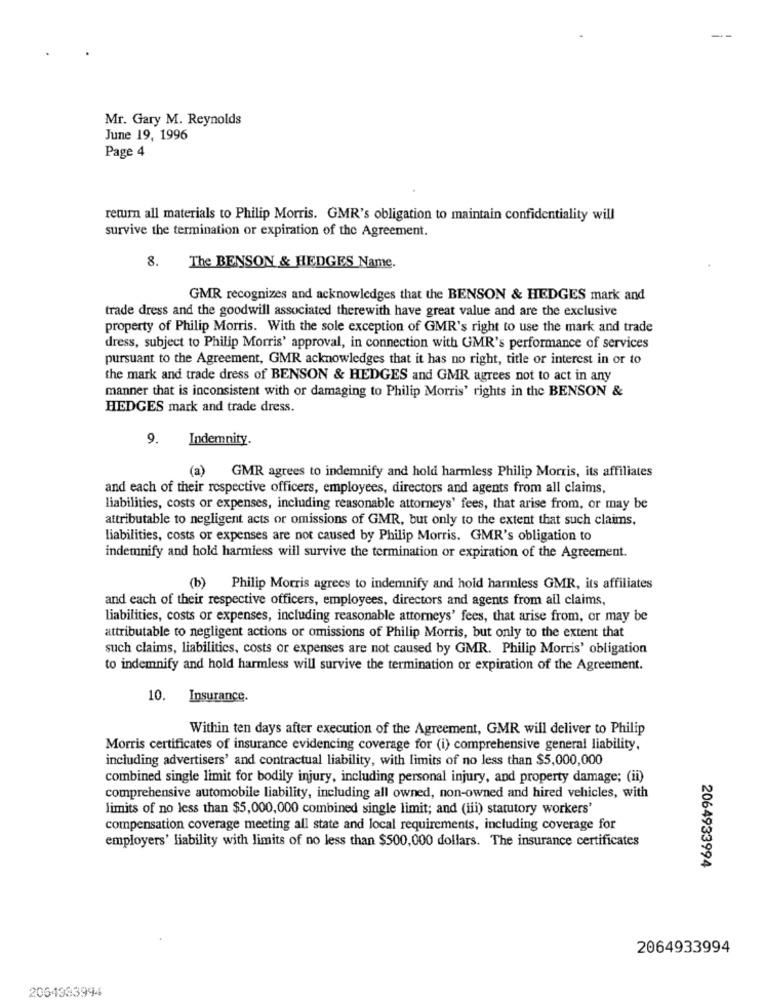
Mr. Gary M. Reynolds
June 19, 1996
Page 4
return all materials to Philip Morris. GMR's obligation to maintain confidentiality will
survive the termination or expiration of the Agreement.
8.
The BENSON & HEDGES Name.
GMR recognizes and acknowledges that the BENSON & HEDGES mark and
trade dress and the goodwill associated therewith have great value and are the exclusive
property of Philip Morris. With the sole exception of GMR's right to use the mark and trade
dress, subject to Philip Morris' approval, in connection with GMR's performance of services
pursuant to the Agreement, GMR acknowledges that it has no right, title or interest in or to
the mark and trade dress of BENSON & HEDGES and GMR agrees not to act in any
manner that is inconsistent with or damaging to Philip Morris' rights in the BENSON &
HEDGES mark and trade dress.
9.
Indemnity.
(a) GMR agrees to indemnify and hold harmless Philip Morris, its affiliates
and each of their respective officers, employees, directors and agents from all claims,
liabilities, costs or expenses, including reasonable attorneys' fees, that arise from, or may be
attributable to negligent acts or omissions of GMR, but only to the extent that such claims.
liabilities, costs or expenses are not caused by Philip Morris. GMR's obligation to
indemnify and hold harmless will survive the termination or expiration of the Agreement.
(b) Philip Morris agrees to indemnify and hold harmless GMR, its affiliates
and each of their respective officers, employees, directors and agents from all claims,
liabilities, costs or expenses, including reasonable attorneys' fees, that arise from, or may be
attributable to negligent actions or omissions of Philip Morris, but only to the extent that
such claims, liabilities, costs or expenses are not caused by GMR. Philip Morris' obligation
to indemnify and hold harmless will survive the termination or expiration of the Agreement.
10.
Insurance.
Within ten days after execution of the Agreement, GMR will deliver to Philip
Morris certificates of insurance evidencing coverage for (i) comprehensive general liability,
including advertisers' and contractual liability, with limits of no less than $5,000,000
combined single limit for bodily injury, including personal injury, and property damage; (ii)
comprehensive automobile liability, including all owned, non-owned and hired vehicles, with
limits of no less than $5,000,000 combined single limit; and (iii) statutory workers'
compensation coverage meeting all state and local requirements, including coverage for
employers' liability with limits of no less than $500,000 dollars. The insurance certificates
2064933994
2064933994
2064333994